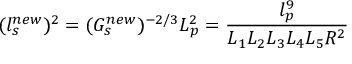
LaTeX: ( l _ { s } ^ { n e w } ) ^ { 2 } = ( G _ { s } ^ { n e w } ) ^ { - 2 / 3 } L _ { p } ^ { 2 } = \frac { l _ { p } ^ { 9 } } { L _ { 1 } L _ { 2 } L _ { 3 } L _ { 4 } L _ { 5 } R ^ { 2 } }